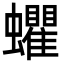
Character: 蠷